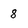
Character: 8